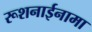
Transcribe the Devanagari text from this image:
रूशनाईनामा